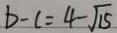
b - c = 4 - \sqrt { 1 5 }